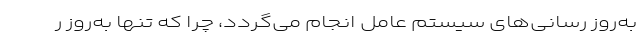
به‌روز رسانی­‌های سیستم عامل انجام می­‌گردد، چرا که تنها به‌روز ر